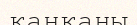
қаңқаны